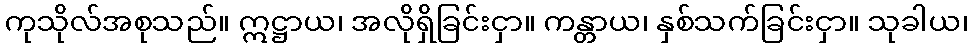
ကုသိုလ်အစုသည်။ ဣဋ္ဌာယ၊ အလိုရှိခြင်းငှာ။ ကန္တာယ၊ နှစ်သက်ခြင်းငှာ။ သုခါယ၊